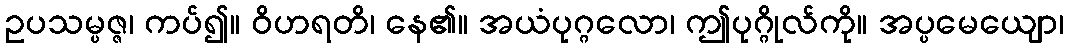
ဥပသမ္ပဇ္ဇ၊ ကပ်၍။ ဝိဟရတိ၊ နေ၏။ အယံပုဂ္ဂလော၊ ဤပုဂ္ဂိုလ်ကို။ အပ္ပမေယျော၊